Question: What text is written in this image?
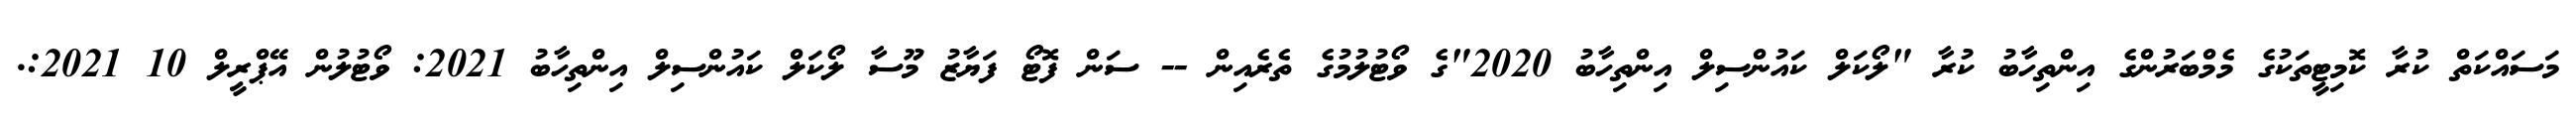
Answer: މަސައްކަތް ކުރާ ކޮމިޓީތަކުގެ މެމްބަރުންގެ އިންތިހާބު ކުރާ "ލޯކަލް ކައުންސިލް އިންތިހާބު 2020"ގެ ވޯޓުލުމުގެ ތެރެއިން -- ސަން ފޮޓޯ ފަޔާޒު މޫސާ ލޯކަލް ކައުންސިލް އިންތިހާބު 2021: ވޯޓުލުން އޭޕްރީލް 10 2021:.